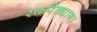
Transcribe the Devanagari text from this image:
रक्तपेढ्याना